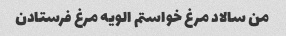
من سالاد مرغ خواستم الویه مرغ فرستادن